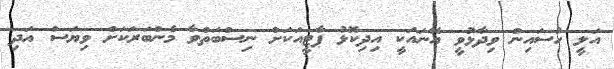
އަލީ ހުސައިން ވިދާޅުވީ އޭނައަކީ އިދިކޮޅު ޕާޓީއަކަށް ނިސްބަތްވާ މެންބަރަކަށް ވިޔަސް އަދި